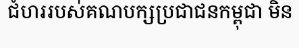
ជំហររបស់គណបក្សប្រជាជនកម្ពុជា មិន